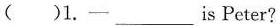
( )1.一 ___ is Peter?